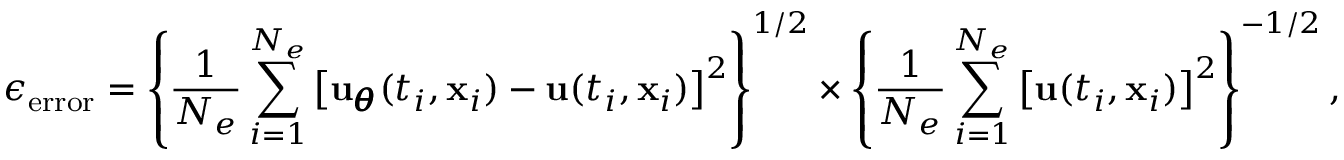
\epsilon _ { \mathrm { e r r o r } } = \left\{ \frac { 1 } { N _ { e } } \sum _ { i = 1 } ^ { N _ { e } } \left[ { \bf u } _ { \pmb \theta } ( t _ { i } , { \bf x } _ { i } ) - { \bf u } ( t _ { i } , { \bf x } _ { i } ) \right] ^ { 2 } \right\} ^ { 1 / 2 } \times \left\{ \frac { 1 } { N _ { e } } \sum _ { i = 1 } ^ { N _ { e } } \left[ { \bf u } ( t _ { i } , { \bf x } _ { i } ) \right] ^ { 2 } \right\} ^ { - 1 / 2 } ,